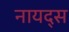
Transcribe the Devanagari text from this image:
नायद्स